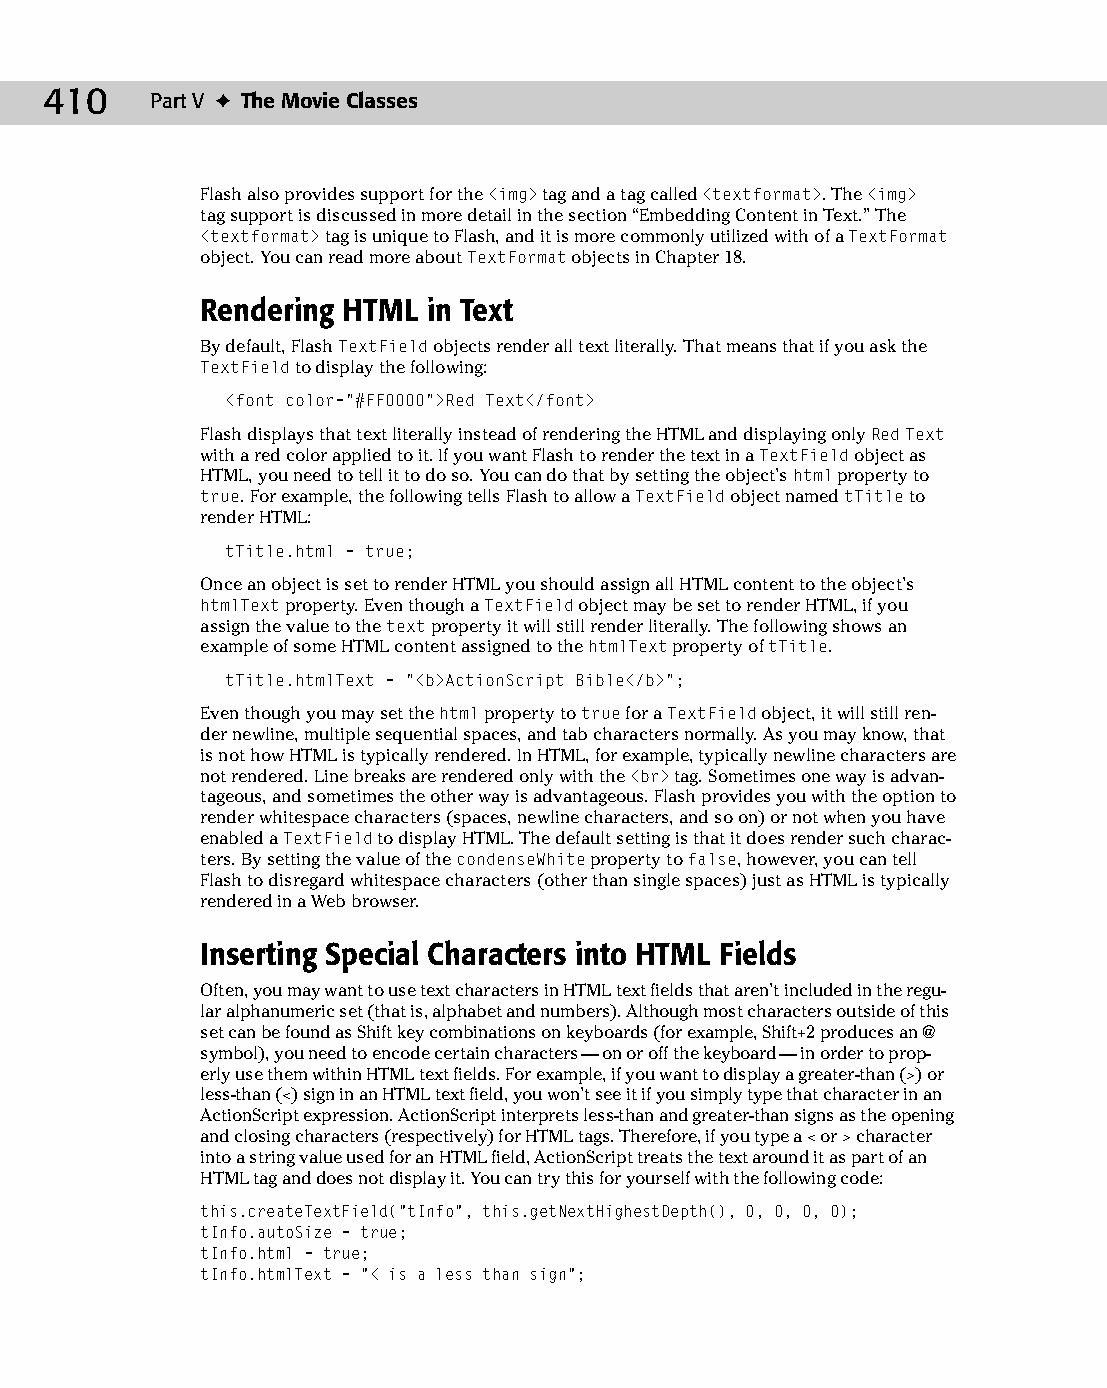
23 543547 ch17.qxd 3/24/04 4:11 PM Page 410
 410    Part V ✦ The Movie Classes
 Flash also provides support for the  tag and a tag called <textformat>. The
 tag support is discussed in more detail in the section “Embedding Content in Text.” The
 <textformat> tag is unique to Flash, and it is more commonly utilized with of a TextFormat
 object. You can read more about TextFormat objects in Chapter 18.
 Rendering HTML in Text
 By default, Flash TextField objects render all text literally. That means that if you ask the
 TextField to display the following:
 <font color=”#FF0000”>Red Text</font>
 Flash displays that text literally instead of rendering the HTML and displaying only Red Text
 with a red color applied to it. If you want Flash to render the text in a TextField object as
 HTML, you need to tell it to do so. You can do that by setting the object’s html property to
 true. For example, the following tells Flash to allow a TextField object named tTitle to
 render HTML:
 tTitle.html = true;
 Once an object is set to render HTML you should assign all HTML content to the object’s
 htmlText property. Even though a TextField object may be set to render HTML, if you
 assign the value to the text property it will still render literally. The following shows an
 example of some HTML content assigned to the htmlText property of tTitle.
 tTitle.htmlText = “<b>ActionScript Bible</b>”;
 Even though you may set the html property to true for a TextField object, it will still ren­
 der newline, multiple sequential spaces, and tab characters normally. As you may know, that
 is not how HTML is typically rendered. In HTML, for example, typically newline characters are
 not rendered. Line breaks are rendered only with the <br> tag. Sometimes one way is advan­
 tageous, and sometimes the other way is advantageous. Flash provides you with the option to
 render whitespace characters (spaces, newline characters, and so on) or not when you have
 enabled a TextField to display HTML. The default setting is that it does render such charac­
 ters. By setting the value of the condenseWhite property to false, however, you can tell
 Flash to disregard whitespace characters (other than single spaces) just as HTML is typically
 rendered in a Web browser.
 Inserting Special Characters into HTML Fields
 Often, you may want to use text characters in HTML text fields that aren’t included in the regu­
 lar alphanumeric set (that is, alphabet and numbers). Although most characters outside of this
 set can be found as Shift key combinations on keyboards (for example, Shift+2 produces an @
 symbol), you need to encode certain characters — on or off the keyboard — in order to prop­
 erly use them within HTML text fields. For example, if you want to display a greater-than (>) or
 less-than (<) sign in an HTML text field, you won’t see it if you simply type that character in an
 ActionScript expression. ActionScript interprets less-than and greater-than signs as the opening
 and closing characters (respectively) for HTML tags. Therefore, if you type a < or > character
 into a string value used for an HTML field, ActionScript treats the text around it as part of an
 HTML tag and does not display it. You can try this for yourself with the following code:
 this.createTextField(“tInfo”, this.getNextHighestDepth(), 0, 0, 0, 0);
 tInfo.autoSize = true;
 tInfo.html = true;
 tInfo.htmlText = “< is a less than sign”;